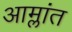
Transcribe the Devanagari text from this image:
आम्लांत